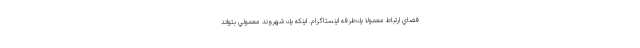
فضاي ارتباط معمولا يك‌طرفه اينستاگرام. اينكه يك شهروند معمولي بتواند